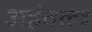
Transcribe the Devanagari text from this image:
अहंतत्त्व